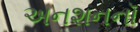
અનશનનૉ